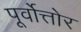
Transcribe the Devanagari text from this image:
पूर्वोत्तोर